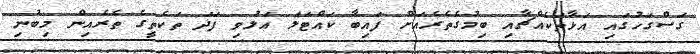
ގަސްގަހުގައި އަޅާތަކެއްޗާއި ބިމުގެތެރެއަށް ފައިބާ ކައްޓަލަ އަލުވި ފަދަ ތަކެތީގެ ތެރެއިން މިބުނި